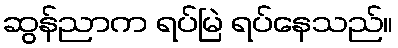
ဆွန်ညာက ရပ်မြဲ ရပ်နေသည်။